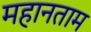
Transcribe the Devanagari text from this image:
महानताम